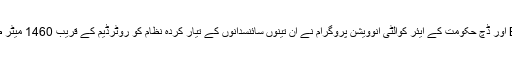
ہالینڈ کے ادارے ڈچ بلڈر BAM اور ڈچ حکومت کے ایئر کوالٹی انوویشن پروگرام نے ان تینوں سائنسدانوں کے تیار کردہ نظام کو روٹرڈیم کے قریب 1460 میٹر طویل سرنگ میں نصب کیا ہے۔